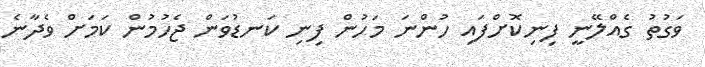
ވަގުތު ގެއްލޭނީ ފިނިކޮށްފައި ހުންނަ މަހުން ފިނި ކަނޑުވަން ޖެހުމުން ކަމަށް ވެދާނެ